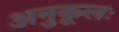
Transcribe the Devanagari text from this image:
अनुकूलः